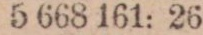
Sgr 5 668 161: 26